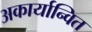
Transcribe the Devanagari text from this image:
अकार्यान्वित